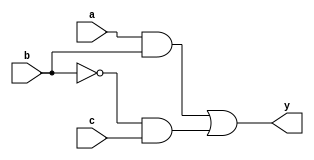
module combinational_logic (
    input wire a,          // First input signal
    input wire b,          // Second input signal
    input wire c,          // Third input signal
    output reg y          // Output signal
);

// Always block sensitive to changes in input signals
always @ (a or b or c) begin
    // Procedural assignment to output based on combinational logic
    y = (a & b) | (~b & c); // Example logic: y = (a AND b) OR (NOT b AND c)
end

endmodule